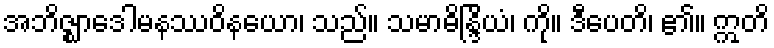
အဘိဇ္ဈာဒေါမနဿဝိနယော၊ သည်။ သမာဓိန္ဒြိယံ၊ ကို။ ဒီပေတိ၊ ၏။ ဣတိ